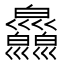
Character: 𤿄